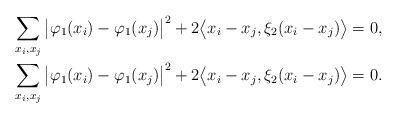
\begin{align*}\sum_{x_i, x_j }\big|\varphi_1(x_i) - \varphi_1(x_j)\big|^2 + 2\big\langle x_i - x_j, \xi_2 (x_i - x_j)\big\rangle = 0, \\\sum_{x_i, x_j }\big|\varphi_1(x_i) - \varphi_1(x_j)\big|^2 + 2\big\langle x_i - x_j, \xi_2 (x_i - x_j)\big\rangle = 0. \end{align*}